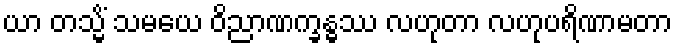
ယာ တသ္မိံ သမယေ ဝိညာဏက္ခန္ဓဿ လဟုတာ လဟုပရိဏာမတာ